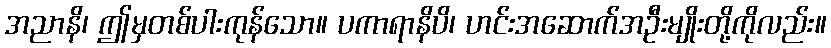
အညာနိ၊ ဤမှတစ်ပါးကုန်သော။ ပကာရာနိပိ၊ ဟင်းအဆောက်အဦးမျိုးတို့ကိုလည်း။